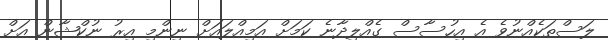
ލަސްތަކެއްނުވެ އެ އިހުސާސް ގެއްލިދާނެ ކަމަށް އަމިއްލައަށް ނިންމި އިރު ނުކްޝާން އަށް